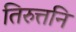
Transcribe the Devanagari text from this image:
तिरुत्तनि